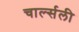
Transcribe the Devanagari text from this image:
चार्ल्सली